Report of the veterinary officer investigating camel disease
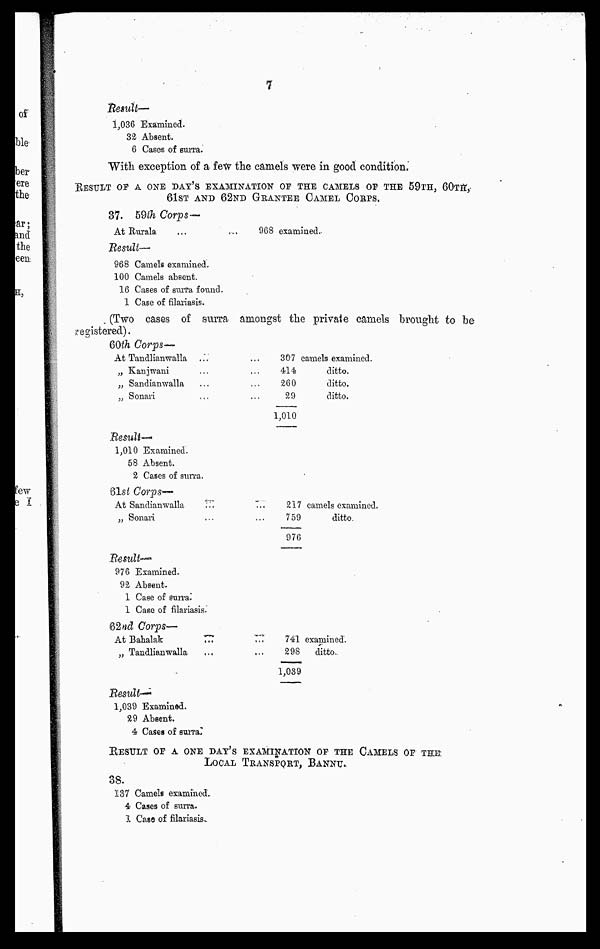
7
Result—
1,036 Examined.
32 Absent.
6 Cases of surra.
With exception of a few the camels were in good condition.
RESULT OF A ONE DAY'S EXAMINATION OF THE CAMELS OF THE 59TH, 60TH,
61ST AND 62ND GRANTEE CAMEL CORPS.
37. 59th Corps—
At Rurala
...
...
968 examined.
Result—
968 Camels examined,
100 Camels absent.
16 Cases of surra found.
1 Case of filariasis.
(Two cases of surra amongst the private camels brought to be
registered).
60th Corps-—
At Tandlianwalla
„ Kanjwani
„ Sandianwalla
„ Sonari
307
414
260
29
1,010
camels examined.
ditto.
ditto.
ditto.
Result—-
1,010 Examined.
58 Absent.
2 Cases of surra.
61st Corps—
At Sandianwalla
...
„ Sonari
7..
217 camels examined.
759
ditto
976
Result-
976 Examined.
92 Absent.
1 Case of surra.
1 Case of filariasis.
62nd Corps—
At Bahalak
...
„ Tandlianwalla
741 examined.
298
ditto.
1,039
Result-
1,039 Examined,
29 Absent.
4 Cases of surra.
RESULT OF A ONE DAY'S EXAMINATION OF THE CAMELS OF THE
LOCAL TRANSPORT, BANNU.38.
137 Camels examined..
4 Cases of surra.
I Case of filariasis-.